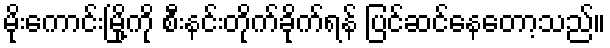
မိုးကောင်းမြို့ကို စီးနင်းတိုက်ခိုက်ရန် ပြင်ဆင်နေတော့သည်။